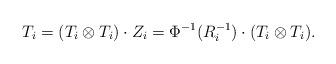
\begin{align*}T_i=(T_i\otimes T_i)\cdot Z_i=\Phi^{-1}(R_i^{-1})\cdot (T_i\otimes T_i).\end{align*}